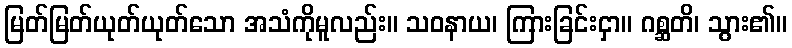
မြတ်မြတ်ယုတ်ယုတ်သော အသံကိုမူလည်း။ သဝနာယ၊ ကြားခြင်းငှာ။ ဂစ္ဆတိ၊ သွား၏။